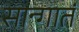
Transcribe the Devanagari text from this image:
सान्गातं